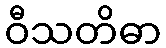
ဝီသတိဓာ